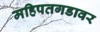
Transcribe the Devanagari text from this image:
महिपतगडावर